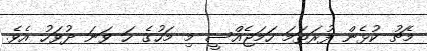
މެޗު ކުޅެން ފުރަތަމަ ހަމަޖެއްސީ މި މަހުގެ ހަ ވަނަ ދުވަހު އެވެ.